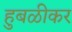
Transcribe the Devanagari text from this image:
हुबळीकर